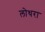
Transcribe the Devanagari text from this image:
लोथरा